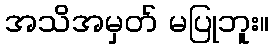
အသိအမှတ် မပြုဘူး။